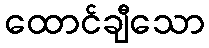
ထောင်ချီသော